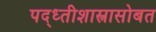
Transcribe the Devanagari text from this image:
पद्ध्तीशास्त्रासोबत